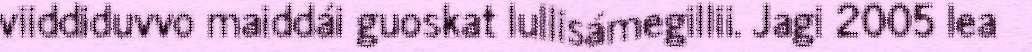
viiddiduvvo maiddái guoskat lullisámegillii. Jagi 2005 lea